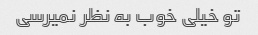
تو خیلی خوب به نظر نمیرسی